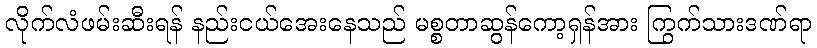
လိုက်လံဖမ်းဆီးရန် နည်းငယ်အေးနေသည် မစ္စတာဆွန်ကော့ရှန်အား ကြွက်သားဒဏ်ရာ